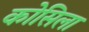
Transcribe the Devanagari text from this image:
कोसिला